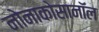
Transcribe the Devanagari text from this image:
नोनाकोसानॉल